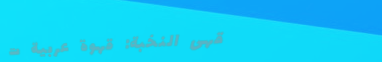
مقهى النخبة: قهوة عربية ت